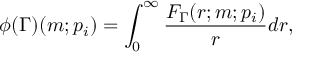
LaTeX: \phi ( \Gamma ) ( m ; p _ { i } ) = \int _ { 0 } ^ { \infty } \frac { F _ { \Gamma } ( r ; m ; p _ { i } ) } { r } d r ,